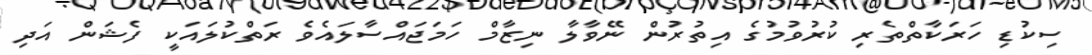
ސިކުޑި ހަރަކާތްތެރި ކުރުވުމުގެ އިތުރުން ނޭވާލާ ނިޒާމް ހަމަޖައްސާލައެވެ ރަތްކުލައަކީ ފެޝަން އަދި